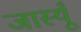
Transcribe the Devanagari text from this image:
जास्यूँ